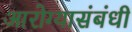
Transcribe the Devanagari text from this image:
आरोग्यासंबंधी